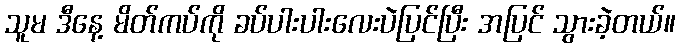
သူမ ဒီနေ့ မိတ်ကပ်ကို ခပ်ပါးပါးလေးပဲပြင်ပြီး အပြင် သွားခဲ့တယ်။